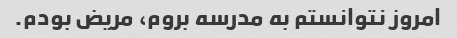
امروز نتوانستم به مدرسه بروم، مریض بودم.